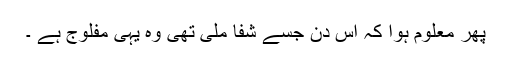
پھر معلوم ہوا کہ اس دن جسے شفا ملی تھی وہ یہی مفلوج ہے ۔